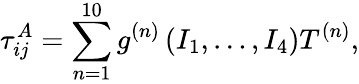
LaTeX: \tau_{ij}^{A}={\sum_{n=1}^{10}{g^{(n)}\left({I_{1},\ldots,I_{4}}\right)T^{(n)}}},